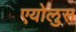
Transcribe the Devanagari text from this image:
एयोलुस